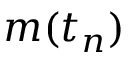
m ( t _ { n } )